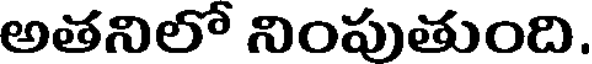
అతనిలో నింపుతుంది.